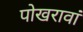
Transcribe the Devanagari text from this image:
पोखरावां